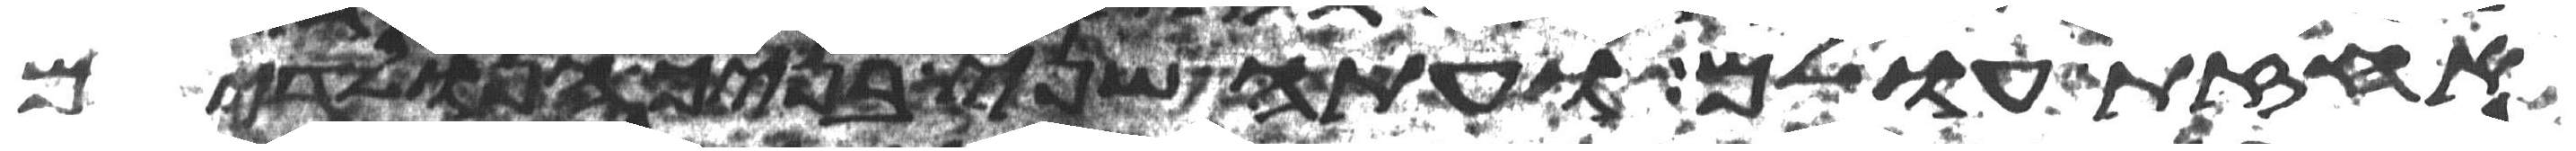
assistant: אחזת עולם ועתה שני בניך הנולדים